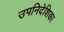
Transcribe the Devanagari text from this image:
उपनिदेशिका